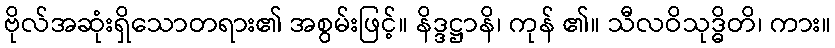
ဗိုလ်အဆုံးရှိသောတရား၏ အစွမ်းဖြင့်။ နိဒ္ဒဋ္ဌာနိ၊ ကုန် ၏။ သီလဝိသုဒ္ဓိတိ၊ ကား။